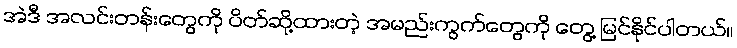
အဲဒီ အလင်းတန်းတွေကို ပိတ်ဆို့ထားတဲ့ အမည်းကွက်တွေကို တွေ့ မြင်နိုင်ပါတယ်။